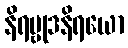
နိရဗ္ဗုဒနိရယော